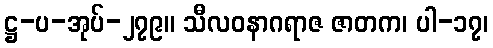
ဋ္ဌ-ပ-အုပ်-၂၇၉။ သီလဝနာဂရာဇ ဇာတက၊ ပါ-၁၇၊